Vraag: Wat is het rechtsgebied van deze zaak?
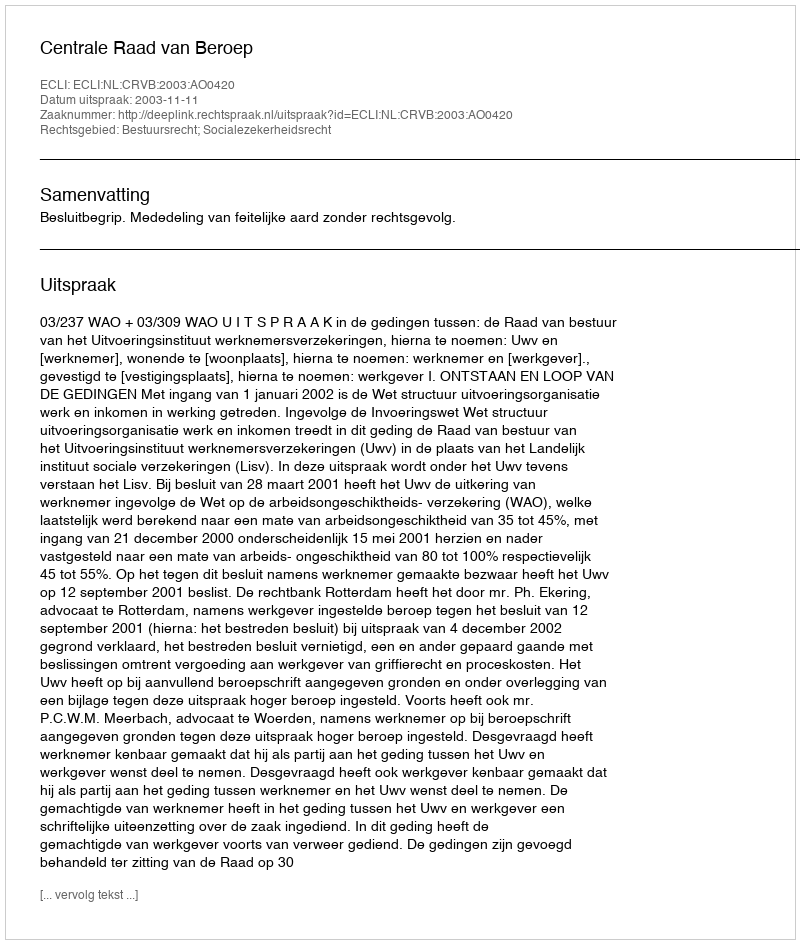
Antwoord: Bestuursrecht; Socialezekerheidsrecht